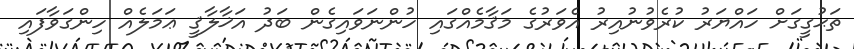
ތަޙުގީގަށް ހައްޔަރު ކުރެވުނުއިރު އެވަރުގެ މަޤާމެއްގައި ހުންނަވައިގެން ބަދު އަޚާލާޤީ ޢަމަލެއް ހިންގަވާފައި